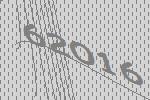
62016